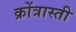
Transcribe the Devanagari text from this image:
क्रोंत्रास्ती